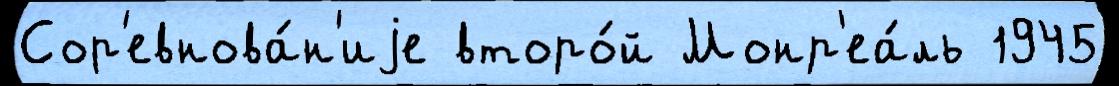
Сор'евнова́н'иjе второ́й Монр'еа́ль 1945